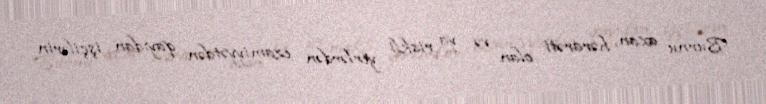
Burnu axan, hərarəti olan və ya riskli yerlərdən ezamiyyətdən qayıdan işçilərin